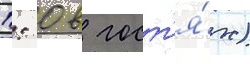
1: 0 в гост'я́х)